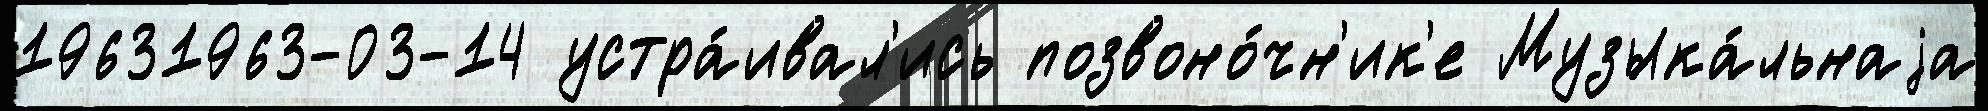
19631963-03-14 устра́ивал'ись позвоно́чн'ик'е Музыка́льнаjа